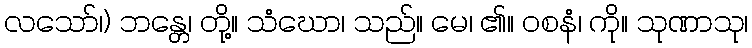
လသော်၊) ဘန္တေ၊ တို့။ သံဃော၊ သည်။ မေ၊ ၏။ ဝစနံ၊ ကို။ သုဏာသု၊